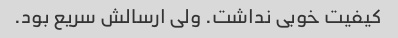
کیفیت خوبی نداشت. ولی ارسالش سریع بود.